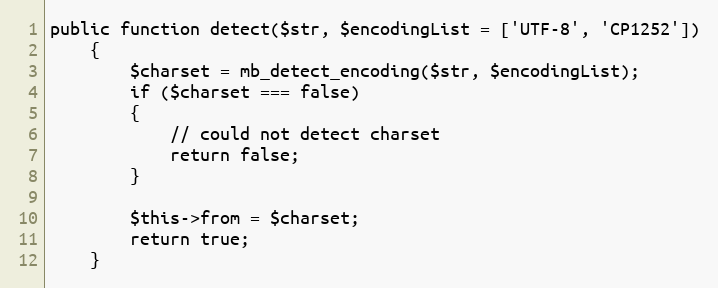
Language: PHP
public function detect($str, $encodingList = ['UTF-8', 'CP1252'])
	{
		$charset = mb_detect_encoding($str, $encodingList);
		if ($charset === false)
		{
			// could not detect charset
			return false;
		}

		$this->from = $charset;
		return true;
	}